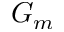
G _ { m }